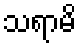
သရာမိ